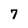
Character: 7